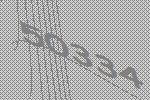
50334